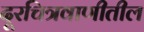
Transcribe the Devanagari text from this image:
दूरचित्रवाणीतील